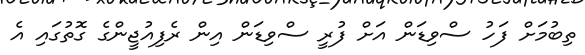
ތިބުމަށް ފަހު ސްވިޑަން އަށް ފުރީ ސްވިޑަން އިން ރެފިއުޖީންގެ ގޮތުގައި އެ